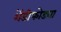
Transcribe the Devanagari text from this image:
शेंडीफोड्या